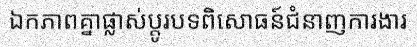
ឯកភាពគ្នាផ្លាស់ប្តូរបទពិសោធន៍ជំនាញការងារ